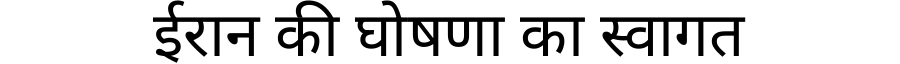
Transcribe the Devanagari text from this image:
ईरान की घोषणा का स्वागत